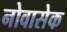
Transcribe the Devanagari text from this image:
नोवासेक